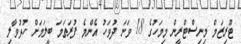
ޓޫރިޒަމް މިނިސްޓްރީން މިމަހުގެ 18 ވަނަ ދުވަހު އެންމެ ފުރަތަމަ ބީލަމަށް ހުޅުވާލި